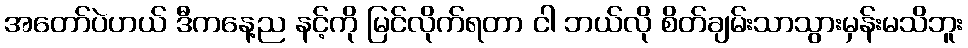
အတော်ပဲဟယ် ဒီကနေ့ည နင့်ကို မြင်လိုက်ရတာ ငါ ဘယ်လို စိတ်ချမ်းသာသွားမှန်းမသိဘူး